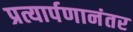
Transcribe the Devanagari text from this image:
प्रत्यार्पणानंतर